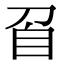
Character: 𭃙